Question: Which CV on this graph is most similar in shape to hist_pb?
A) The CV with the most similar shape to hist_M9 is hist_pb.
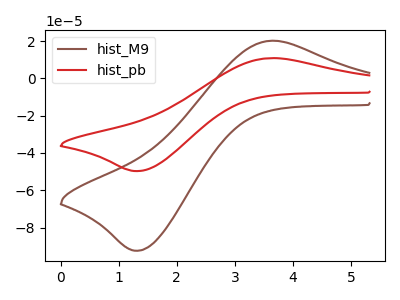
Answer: <think>The brown curve "hist_M9" has an anodic peak at (3.65V, 20.15uA) and a cathodic peak at (1.35V, -92.35uA). The red curve "hist_pb" has an anodic peak at (3.65V, 10.85uA) and a cathodic peak at (1.35V, -49.70uA).
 All the peaks in "hist_M9" have a peak in "hist_pb" at the same potential. Every peak in "hist_M9" is higher than every peak in "hist_pb".</think>
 <answer>A) The CV with the most similar shape to "hist_M9" is "hist_pb".</answer>
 <eval>A</eval>